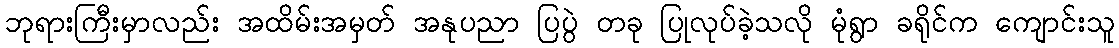
ဘုရားကြီးမှာလည်း အထိမ်းအမှတ် အနုပညာ ပြပွဲ တခု ပြုလုပ်ခဲ့သလို မုံရွာ ခရိုင်က ကျောင်းသူ